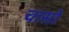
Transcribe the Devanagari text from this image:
चासो